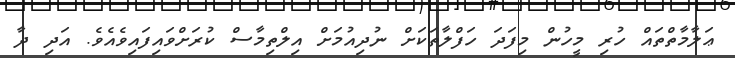
ޢަލާމާތްތައް ހުރި މީހުން މިފަދަ ހަފްލާތަކަށް ނުދިއުމަށް އިލްތިމާސް ކުރަށްވައިފައިވެއެވެ. އަދި ދާ